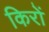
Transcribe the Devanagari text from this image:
किरों